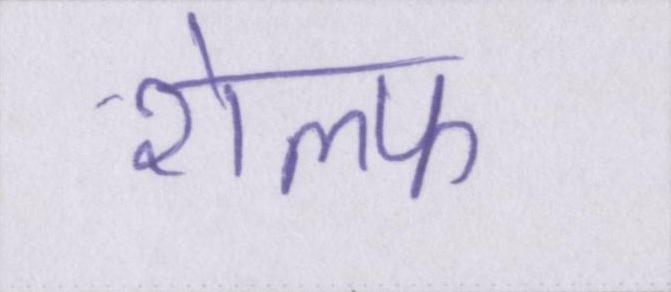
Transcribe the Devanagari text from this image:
शेल्फ